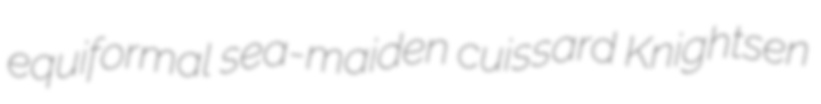
equiformal sea-maiden cuissard Knightsen